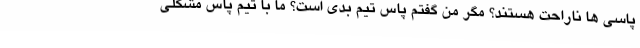
پاسی ها ناراحت هستند؟ مگر من گفتم پاس تیم بدی است؟ ما با تیم پاس مشکلی